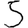
Digit: 5